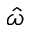
\hat { \omega }